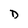
Character: D